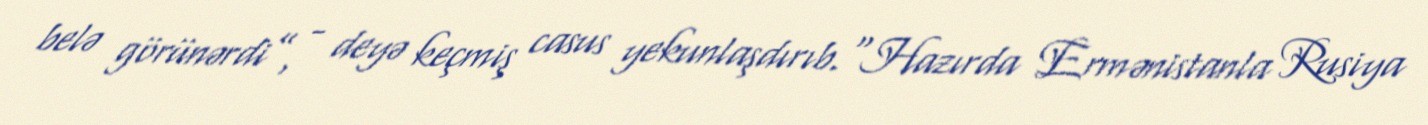
belə görünərdi”, - deyə keçmiş casus yekunlaşdırıb.“Hazırda Ermənistanla Rusiya